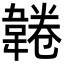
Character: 𩎸